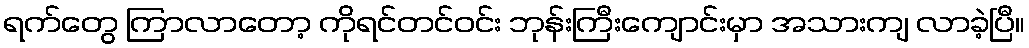
ရက်တွေ ကြာလာတော့ ကိုရင်တင်ဝင်း ဘုန်းကြီးကျောင်းမှာ အသားကျ လာခဲ့ပြီ။